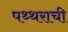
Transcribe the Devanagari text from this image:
पथ्थराची